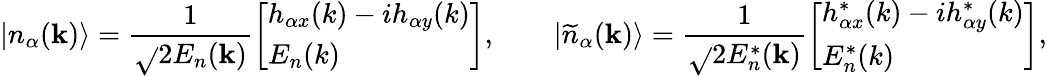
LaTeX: |n_{\alpha}(\mathbf{k})\rangle=\frac{{1}}{{\sqrt{}{{2}}E_{n}(\mathbf{k})}}\left[\begin{array}{l}{h_{\alpha x}(k)-ih_{\alpha y}(k)}\\ {E_{n}(k)}\end{array}\right],\qquad|\widetilde{{n}}_{\alpha}(\mathbf{k})\rangle=\frac{{1}}{{\sqrt{}{{2}}E_{n}^{*}(\mathbf{k})}}\left[\begin{array}{l}{h_{\alpha x}^{*}(k)-ih_{\alpha y}^{*}(k)}\\ {E_{n}^{*}(k)}\end{array}\right],